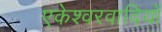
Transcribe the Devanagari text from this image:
एकेश्वरवादियों